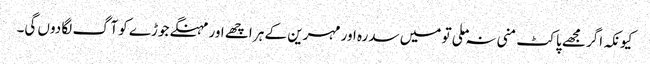
کیونکہ اگر مجھے پاکٹ منی نہ ملی تو میں سدرہ اور مہرین کے ہر اچھے اور مہنگے جوڑے کو آگ لگا دوں گی۔